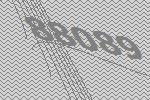
88089